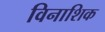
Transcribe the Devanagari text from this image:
विनाशिक